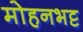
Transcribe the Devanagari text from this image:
मोहनभट्ट